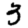
Digit: 3